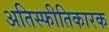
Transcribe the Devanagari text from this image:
अतिस्फीतिकारक